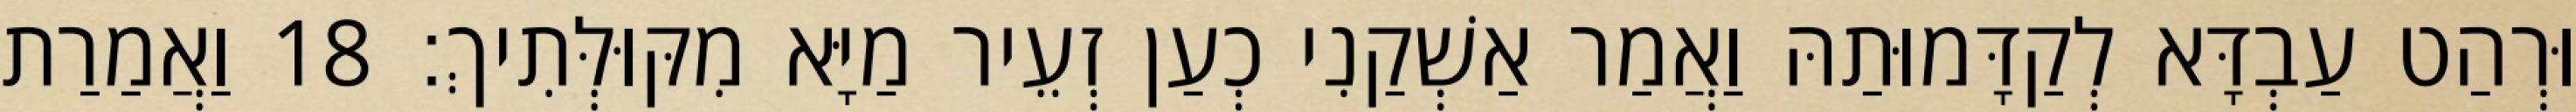
וּרְהַט עַבְדָּא לְקַדָּמוּתַהּ וַאֲמַר אַשְׁקַנִי כְעַן זְעֵיר מַיָּא מִקּוּלְּתִיךְ׃ 18 וַאֲמַרַת